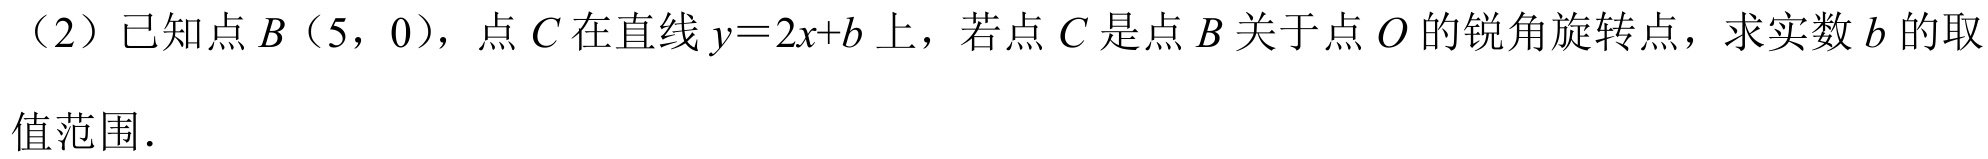
（2）已知点\(B(5,0)\)，点\(C\)在直线\(y = 2x + b\)上，若点\(C\)是点\(B\)关于点\(O\)的锐角旋转点，求实数\(b\)的取

值范围.